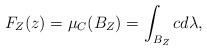
LaTeX: \begin{align*}F_Z(z) = \mu_C(B_Z) = \int_{B_Z} c d\lambda,\end{align*}